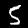
Label: 5